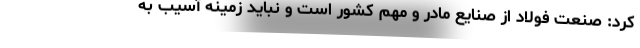
کرد:‌ صنعت فولاد از صنایع مادر و مهم کشور است و نباید زمینه آسیب به